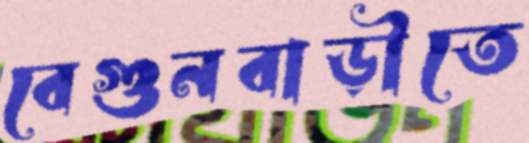
বেগুনবাড়ীতে